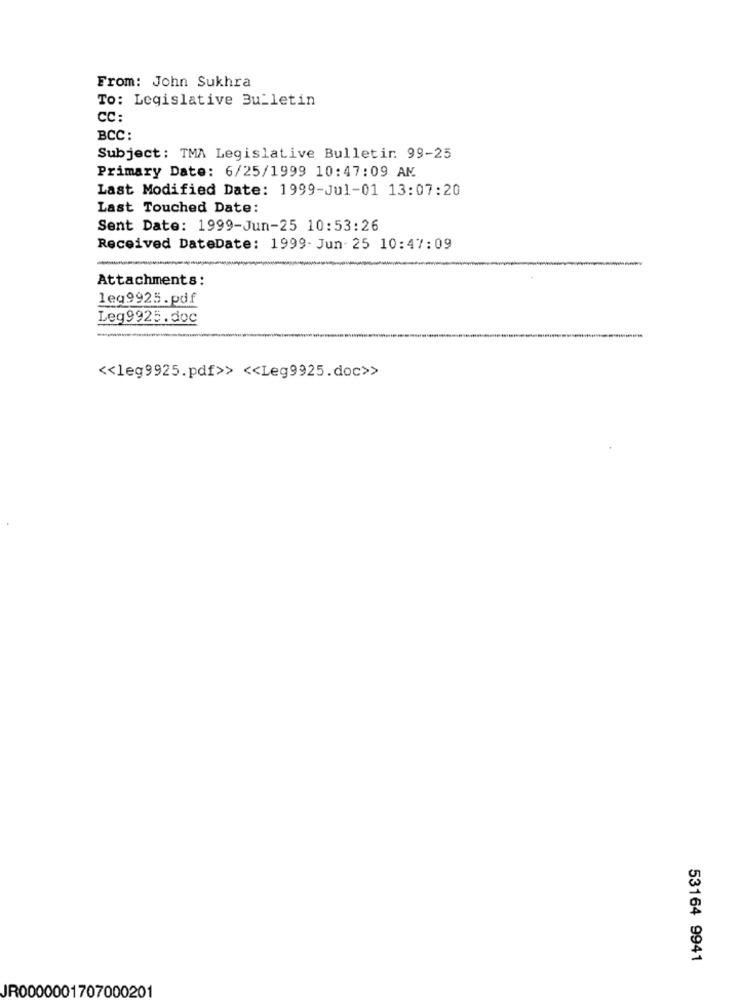
From: John Sukhra
To: Legislative Bulletin
CC:
BCC:
Subject: TMA Legislative Bulletir. 99-25
Primary Date: 6/25/1999 10:47:09 AM
Last Modified Date: 1999-Jul-01 13:07:20
Last Touched Date:
Sent Date: 1999-Jun-25 10:53:26
Received DateDate: 1999- Jun-25 10:47:09
Attachments:
leq9925.pdf
Leg9925.doc
<< leg9925.pdf>> << Leg9925.doc>>
53164 9941
JR0000001707000201